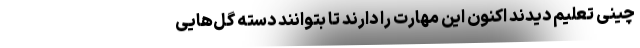
چینی تعلیم دیدند اکنون این مهارت را دارند تا بتوانند دسته گل‌هایی